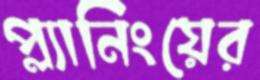
প্ল্যানিংয়ের